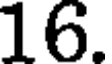
16.